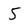
Character: 5